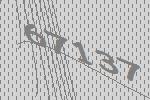
67137